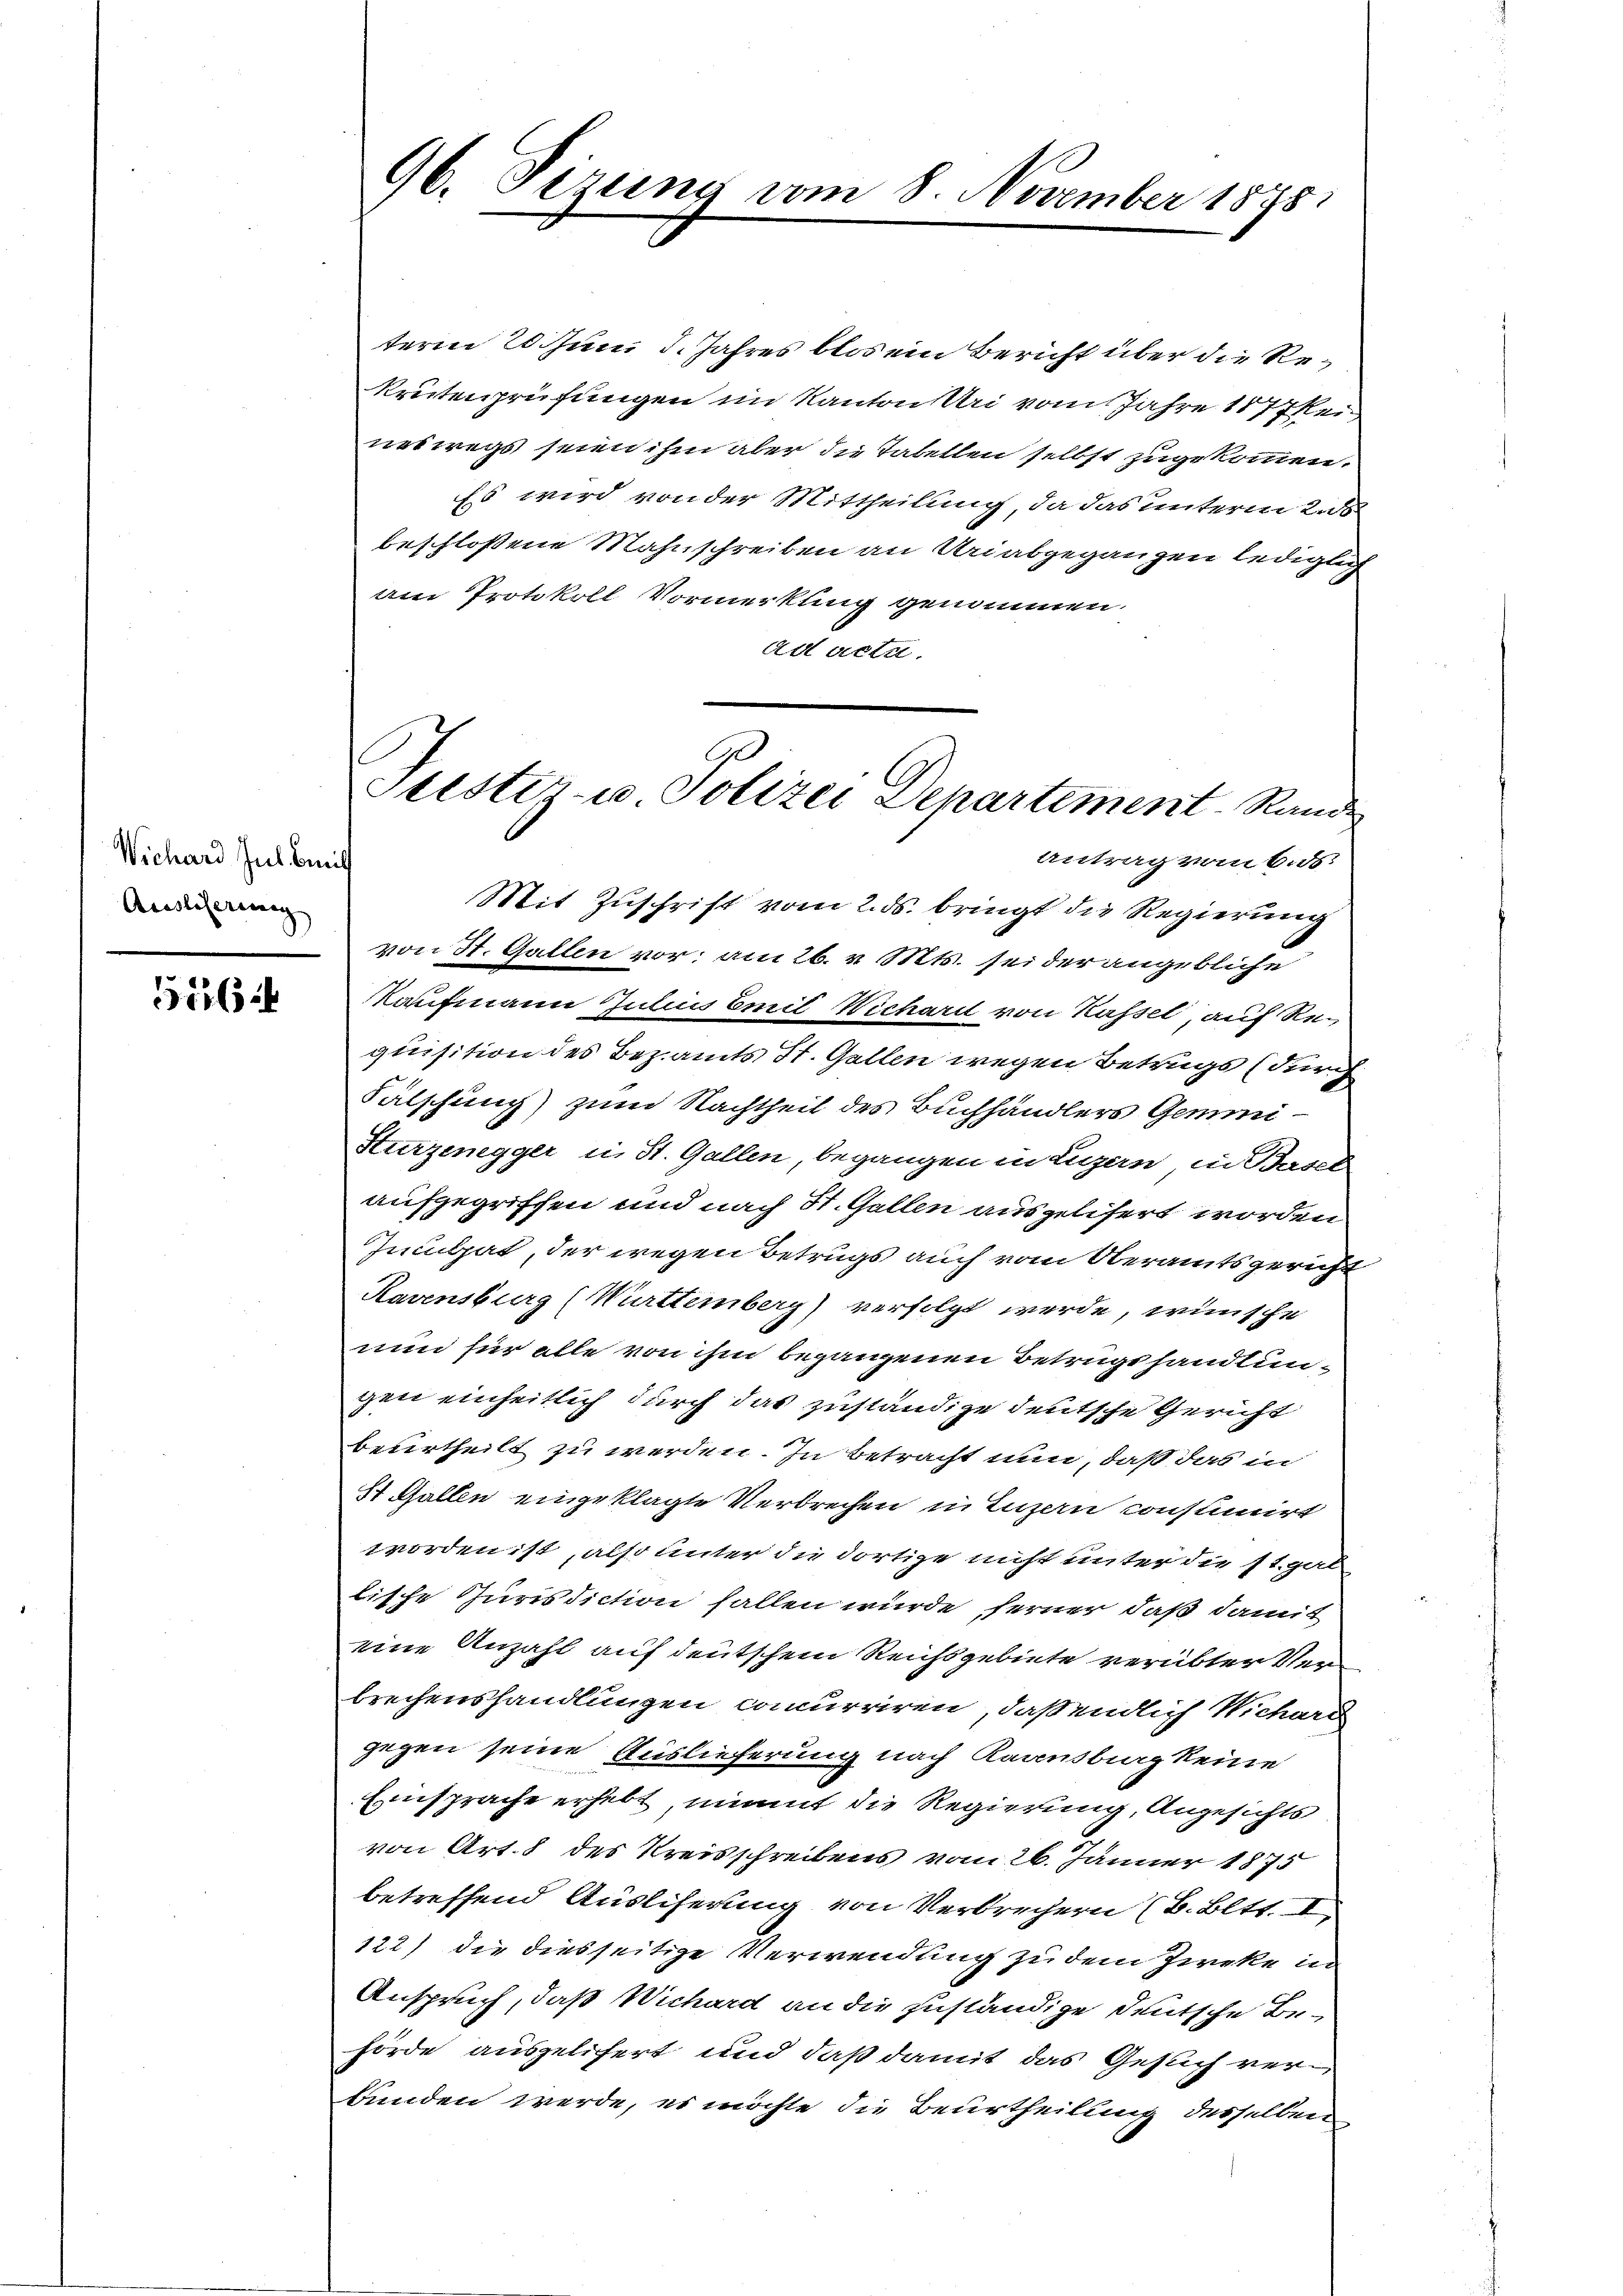
Wichard Jul. Beit
Auslieferung

556

term 20. Juni d. Jahres blos ein Bericht über die Rekrutenprüfungen im Kanton Uri vom Jahre 1877kei
neswegs seien ihm aber die Tabellen selbst zugekommen.
Es wird von der Mittheilung, da das unterm 2. d
beschlossene Mahnschreiben an Uriabgegangen lediglich
am Protokoll Vormerkung genommen.
ad acta
Mit Zuschrift vom 2. ds. bringt die Regierung
von St. Gallen vor: am 26. v. Mts. sei der angebliche
Kaufmann Julius Emil Wichardt von Kassel, auf Requisition des Bezamts St. Gallen wegen Betrugs (durch
Fälschung) zum Nachtheil des Buchhändlers Gemei-
Kurzenegger u. St. Gallen, begangen in Luzern, in Basel
aufgegriffen und nach St. Gallen ausgelisert worden
Inculpat, der wegen Betrugs auch vom Oberamtsgericht
Ravensburg (Württemberg) verfolgt werde, wünsche
nun für alle von ihm begangenen Betrugshandlungen einheitlich durch das zuständige deutsche Gericht
beurtheilt zu werden. In Betracht nun, daß das in
S Gallen eingeklagte Verbrechen in Luzern constinirt
worden ist, also unter die dortige nicht unter die st. gal
lische Jurisdiction fallen würde ferner, daß damit
eine Anzahl auf deutschem Reichsgebiete verübter Verbrechenshandlungen concurriren, daß endlich Nichard
gegen seine Auslieferung nach Karnsburg keine
Einsprache erhebt nimmt die Regierung, Angesichts
von Art. 8 des Kreisschreibens vom 26. Jänner 1875
betreffend Auslicherung von Verbrechern (S. Bltt. I.
122) die diesseitige Verwendung zu dem Zweke in
Anspruch, daß Wichard an die zuständige deutsche Behörde ausgelichert und daß damit das Gesuch verbunden werde, es möchte die Beurtheilung desselben

96. Sizung vom 8. November 1875.

9
Teister u. Polizei Departement Rande
Antrag vom 6. ds.